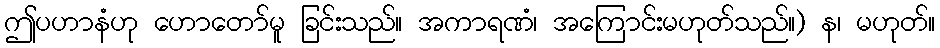
ဤပဟာနံဟု ဟောတော်မူ ခြင်းသည်။ အကာရဏံ၊ အကြောင်းမဟုတ်သည်။) န၊ မဟုတ်။